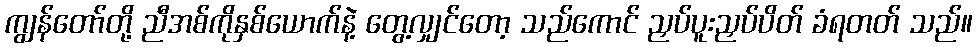
ကျွန်တော်တို့ ညီအစ်ကိုနှစ်ယောက်နဲ့ တွေ့လျှင်တော့ သည်ကောင် ညှပ်ပူးညှပ်ပိတ် ခံရတတ် သည်။